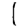
Digit: 1